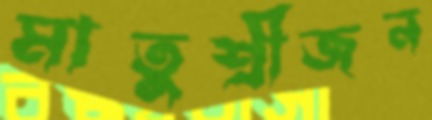
মাতুশ্রীজন